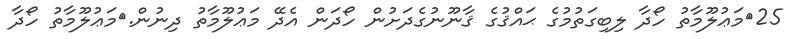
25	މަޢުލޫމާތު ހޯދާ ލިބިގަތުމުގެ ޙައްޤުގެ ޤާނޫނުގެދަށުން ހޯދަން އެދޭ މަޢުލޫމާތު ދިނުން.	މަޢުލޫމާތު ހޯދާ